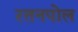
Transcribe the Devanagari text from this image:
रतनपोल